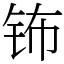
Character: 钸